Report of the Indian Hemp Drugs Commission, 1894-1895 - Volume V
Year: 1894
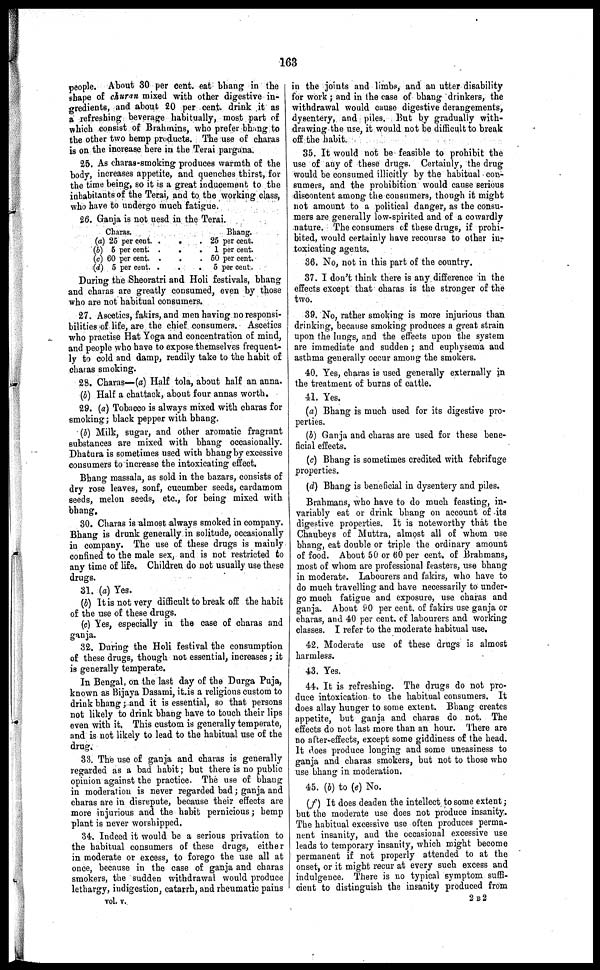
163
people. About 30 per cent. eat bhang in the
shape of churan mixed with other digestive in-
gredients, and about 20 per cent. drink it as
a refreshing beverage habitually, most part of
which consist of Brahmins, who prefer bhang to
the other two hemp products. The use of charas
is on the increase here in the Terai pargana.
25. As charas-smoking produces warmth of the
body, increases appetite, and quenches thirst, for
the time being, so it is a great inducement to the
inhabitants of the Terai, and to the working class,
who have to undergo much fatigue.
26. Ganja is not uesd in the Terai.
Charas.
(a) 25 per cent.
(b) 5 per cent.
(c) 60 per cent.
(d) 5 per cent.
.
.
.
.
.
.
.
.
.
.
.
.
Bhang.
25 per cent.
1 per cent.
50 per cent.
5 per cent.
During the Sheoratri and Holi festivals, bhang
and charas are greatly consumed, even by those
who are not habitual consumers.
27. Ascetics, fakirs, and men having no responsi-
bilities of life, are the chief consumers. Ascetics
who practise Hat Yoga and concentration of mind,
and people who have to expose themselves frequent-
ly to cold and damp, readily take to the habit of
charas smoking.
28. Charas—(a) Half tola, about half an anna.
(b) Half a chattack, about four annas worth,
29. (a) Tobacco is always mixed with charas for
smoking; black pepper with bhang.
(b) Milk, sugar, and other aromatic fragrant
substances are mixed with bhang occasionally.
Dhatura is sometimes used with bhang by excessive
consumers to increase the intoxicating effect.
Bhang massala, as sold in the bazars, consists of
dry rose leaves, sonf, cucumber seeds, cardamom
seeds, melon seeds, etc., for being mixed with
bhang,
30. Charas is almost always smoked in company.
Bhang is drunk generally in solitude, occasionally
in company. The use of these drugs is mainly
confined to the male sex, and is not restricted to
any time of life. Children do not usually use these
drugs.
31. (a) Yes.
(b) It is not very difficult to break off the habit
of the use of these drugs.
(c) Yes, especially in the case of charas and
ganja.
32. During the Holi festival the consumption
of these drugs, though not essential, increases; it
is generally temperate.
In Bengal, on the last day of the Durga Puja,
known as Bijaya Dasami, it is a religions custom to
drink bhang; and it is essential, so that persons
not likely to drink bhang have to touch their lips
even with it. This custom is generally temperate,
and is not likely to lead to the habitual use of the
drug.
33. The use of ganja and charas is generally
regarded as a bad habit; but there is no public
opinion against the practice. The use of bhang
in moderation is never regarded bad; ganja and
charas are in disrepute, because their effects are
more injurious and the habit pernicious; hemp
plant is never worshipped.
34. Indeed it would be a serious privation to
the habitual consumers of these drugs, either
in moderate or excess, to forego the use all at
once, because in the case of ganja and charas
smokers, the sudden withdrawal would produce
lethargy, indigestion, catarrh, and rheumatic pains
in the joints and limbs, and an utter disability
for work; and in the case of bhang drinkers, the
withdrawal would cause digestive derangements,
dysentery, and piles. But by gradually with-
drawing the use, it would not be difficult to break
off the habit.
35. It would not be feasible to prohibit the
use of any of these drugs. Certainly, the drug
would be consumed illicitly by the habitual con-
sumers, and the prohibition would cause serious
discontent among the cousumers, though it might
not amount to a political danger, as the consu-
mers are generally low-spirited and of a cowardly
nature. The consumers of these drugs, if prohi-
bited, would certainly have recourse to other in-
toxicating agents.
36. No, not in this part of the country.
37. I don't think there is any difference in the
effects except that charas is the stronger of the
two.
39. No, rather smoking is more injurious than
drinking, because smoking produces a great strain
upon the lungs, and the effects upon the system
are immediate and sudden; and euphysema and
asthma generally occur among the smokers.
40. Yes, charas is used generally externally in
the treatment of burns of cattle.
41. Yes.
(a) Bhang is much used for its digestive pro-
perties.
(b) Ganja and charas are used for these bene-
ficial effects.
(c) Bhang is sometimes credited with febrifuge
properties.
(d) Bhang is beneficial in dysentery and piles.
Brahmans, who have to do much feasting, in-
variably eat or drink bhang on account of its
digestive properties. It is noteworthy that the
Chaubeys of Muttra, almost all of whom use
bhang, eat double or triple the ordinary amount
of food. About 50 or 60 per cent. of Brahmans,
most of whom are professional feasters, use bhang
in moderate. Labourers and fakirs, who have to
do much travelling and have necessarily to under-
go much fatigue and exposure, use charas and
ganja. About 90 per cent. of fakirs use ganja or
charas, and 40 per cent. of labourers and working
classes. I refer to the moderate habitual use.
42. Moderate use of these drugs is almost
harmless.
43. Yes.
44. It is refreshing. The drugs do not pro-
duce intoxication to the habitual consumers. It
does allay hunger to some extent. Bhang creates
appetite, but ganja and charas do not. The
effects do not last more than an hour. There are
no after-effects, except some giddiness of the head.
It does produce longing and some uneasiness to
ganja and charas smokers, but not to those who
use bhang in moderation.
45. (b) to (e) No.
(f) It does deaden the intellect to some extent;
but the moderate use does not produce insanity.
The habitual excessive use often produces perma-
nent insanity, and the occasional excessive use
leads to temporary insanity, which might become
permanent if not properly attended to at the
onset, or it might recur at every such excess and
indulgence. There is no typical symptom suffi-
cient to distinguish the insanity produced from
vol. v.
2 B 2